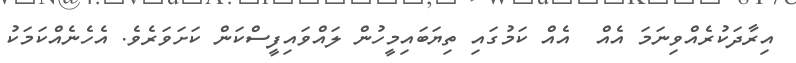
އިރާދަކުރެއްވިނަމަ އެއް  އެއް ކަމުގައި ތިޔަބައިމީހުން ލައްވައިފީސްކަން ކަށަވަރެވެ. އެހެނެއްކަމަކު